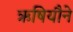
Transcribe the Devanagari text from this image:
ऋषियौने